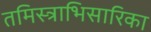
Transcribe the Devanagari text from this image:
तमिस्त्राभिसारिका